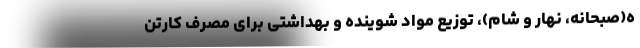
ه(صبحانه، نهار و شام)، توزیع مواد شوینده و بهداشتی برای مصرف کارتن